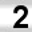
Digit: 2